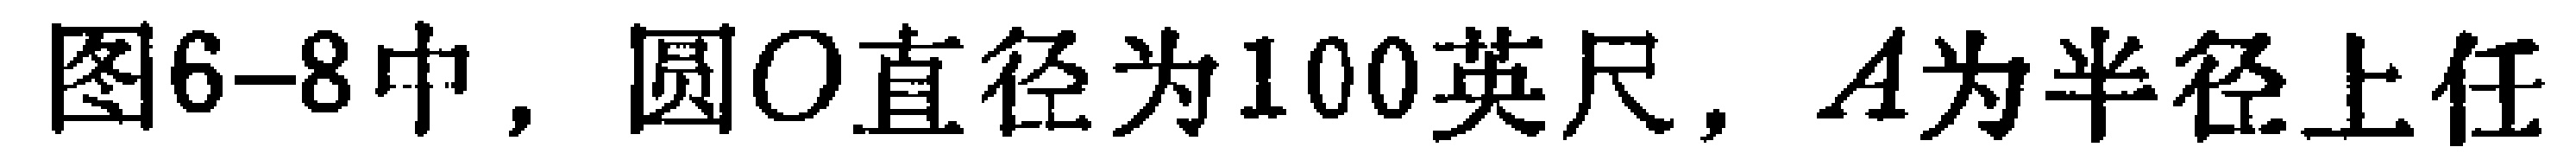
图6-8中，圆O直径为100英尺，A为半径上任